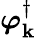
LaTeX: \boldsymbol{\varphi}_{\mathbf{k}}^{\dagger}